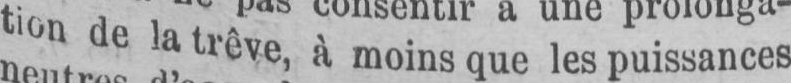
tion de la trêve, à moins que les puissances